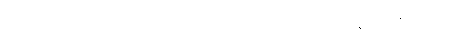
ကာမဂုဏ်၌တပ်သောသူကို။ ဗာလောတိ၊ ဗာလဟူ၍။ ပဝုစ္စတိ၊ ဆိုအပ်၏။